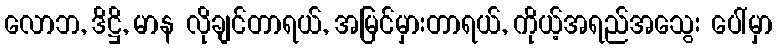
လောဘ, ဒိဋ္ဌိ, မာန လိုချင်တာရယ်, အမြင်မှားတာရယ်, ကိုယ့်အရည်အသွေး ပေါ်မှာ